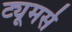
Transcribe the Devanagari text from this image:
ट्यूमर्स